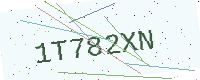
Text: 1T782XN